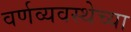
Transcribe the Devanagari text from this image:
वर्णव्यवस्थेच्या